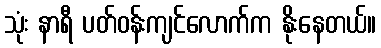
သုံး နာရီ ပတ်ဝန်းကျင်လောက်က နိုးနေတယ်။